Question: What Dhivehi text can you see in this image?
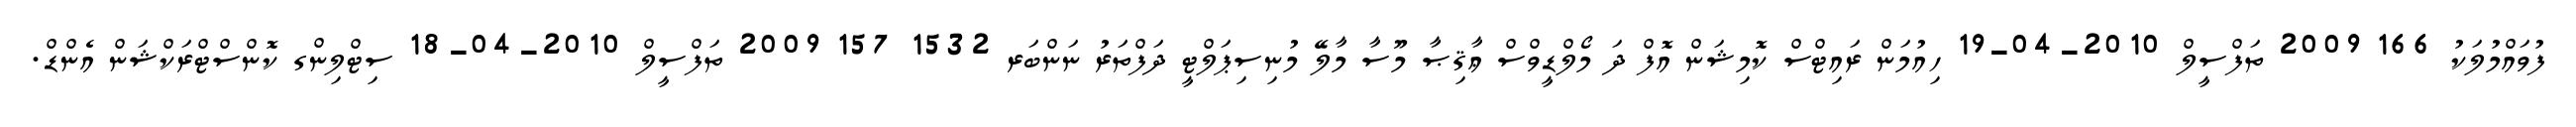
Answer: ފުވައްމުލަކު 166 2009 ތަފްސީލް 2010-04-19 ހިއުމަން ރައިޓްސް ކޮމިޝަން އޮފް ދަ މޯލްޑީވްސް ޢާޤިޞާ މޫސާ މާލޭ މުނިސިޕަލްޓީ ދަފްތަރު ނަންބަރ 1532 157 2009 ތަފްސީލް 2010-04-18 ސިޓްލިންގ ކޮންސްޓްރަކްޝަން އެންޑް.